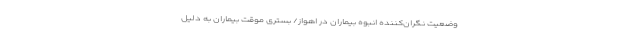
وضعیت نگران‌کننده انبوه بیماران در اهواز/ بستری موقت بیماران به دلیل